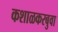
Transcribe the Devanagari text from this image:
कशाळकरबुवा